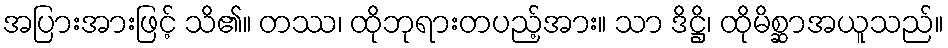
အပြားအားဖြင့် သိ၏။ တဿ၊ ထိုဘုရားတပည့်အား။ သာ ဒိဋ္ဌိ၊ ထိုမိစ္ဆာအယူသည်။